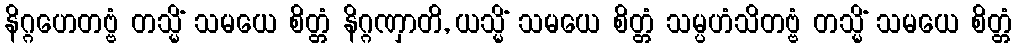
နိဂ္ဂဟေတဗ္ဗံ တသ္မိံ သမယေ စိတ္တံ နိဂ္ဂဏှာတိ, ယသ္မိံ သမယေ စိတ္တံ သမ္ပဟံသိတဗ္ဗံ တသ္မိံ သမယေ စိတ္တံ